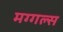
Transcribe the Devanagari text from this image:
मग्गल्स